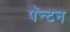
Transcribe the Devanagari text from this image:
पॅन्टन